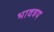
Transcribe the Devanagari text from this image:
भावत्रय